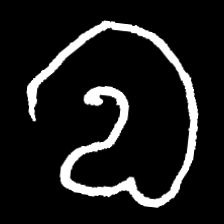
Pyu character \u2014 Myanmar letter: လ (romanized: la)